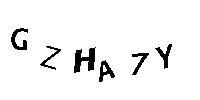
GZHA7Y